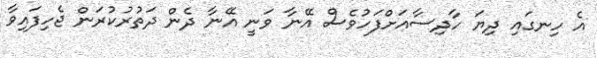
އެ ހިނގައި ދިޔަ ހާދިސާއަށްފަހުވެސް އޭނާ ވަނީ އޭނާ ދެން ދަތުރުކުރަން ޖެހިފައިވާ